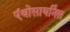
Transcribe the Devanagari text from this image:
एंथोसायनिंस